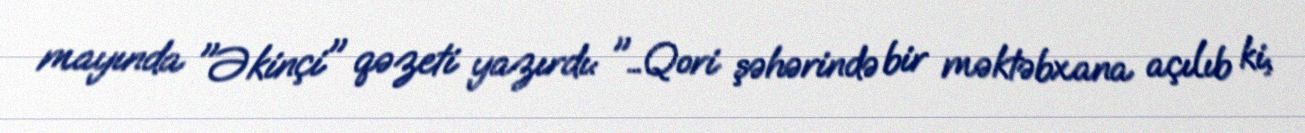
mayında "Əkinçi" qəzeti yazırdı: "…Qori şəhərində bir məktəbxana açılıb ki,